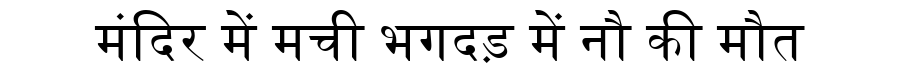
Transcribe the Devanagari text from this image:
मंदिर में मची भगदड़ में नौ की मौत